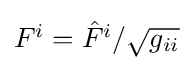
{\textstyle F^{i}={\hat {F}}^{i}/{\sqrt {g_{ii}}}}